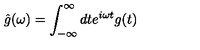
\hat { g } ( \omega ) = \int _ { - \infty } ^ { \infty } d t e ^ { i \omega t } g ( t )